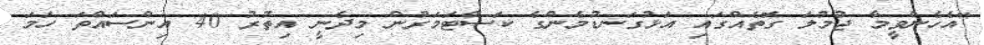
"އެހެންވީމާ ޖުމުލަ ގޮތެއްގައި އަޅުގަނޑުމެންގެ ކަސްޓަމަރުން މިދެނީ އިތުރު 40 އިންސައްތަ ހަމަ